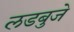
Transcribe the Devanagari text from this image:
लडबुजे